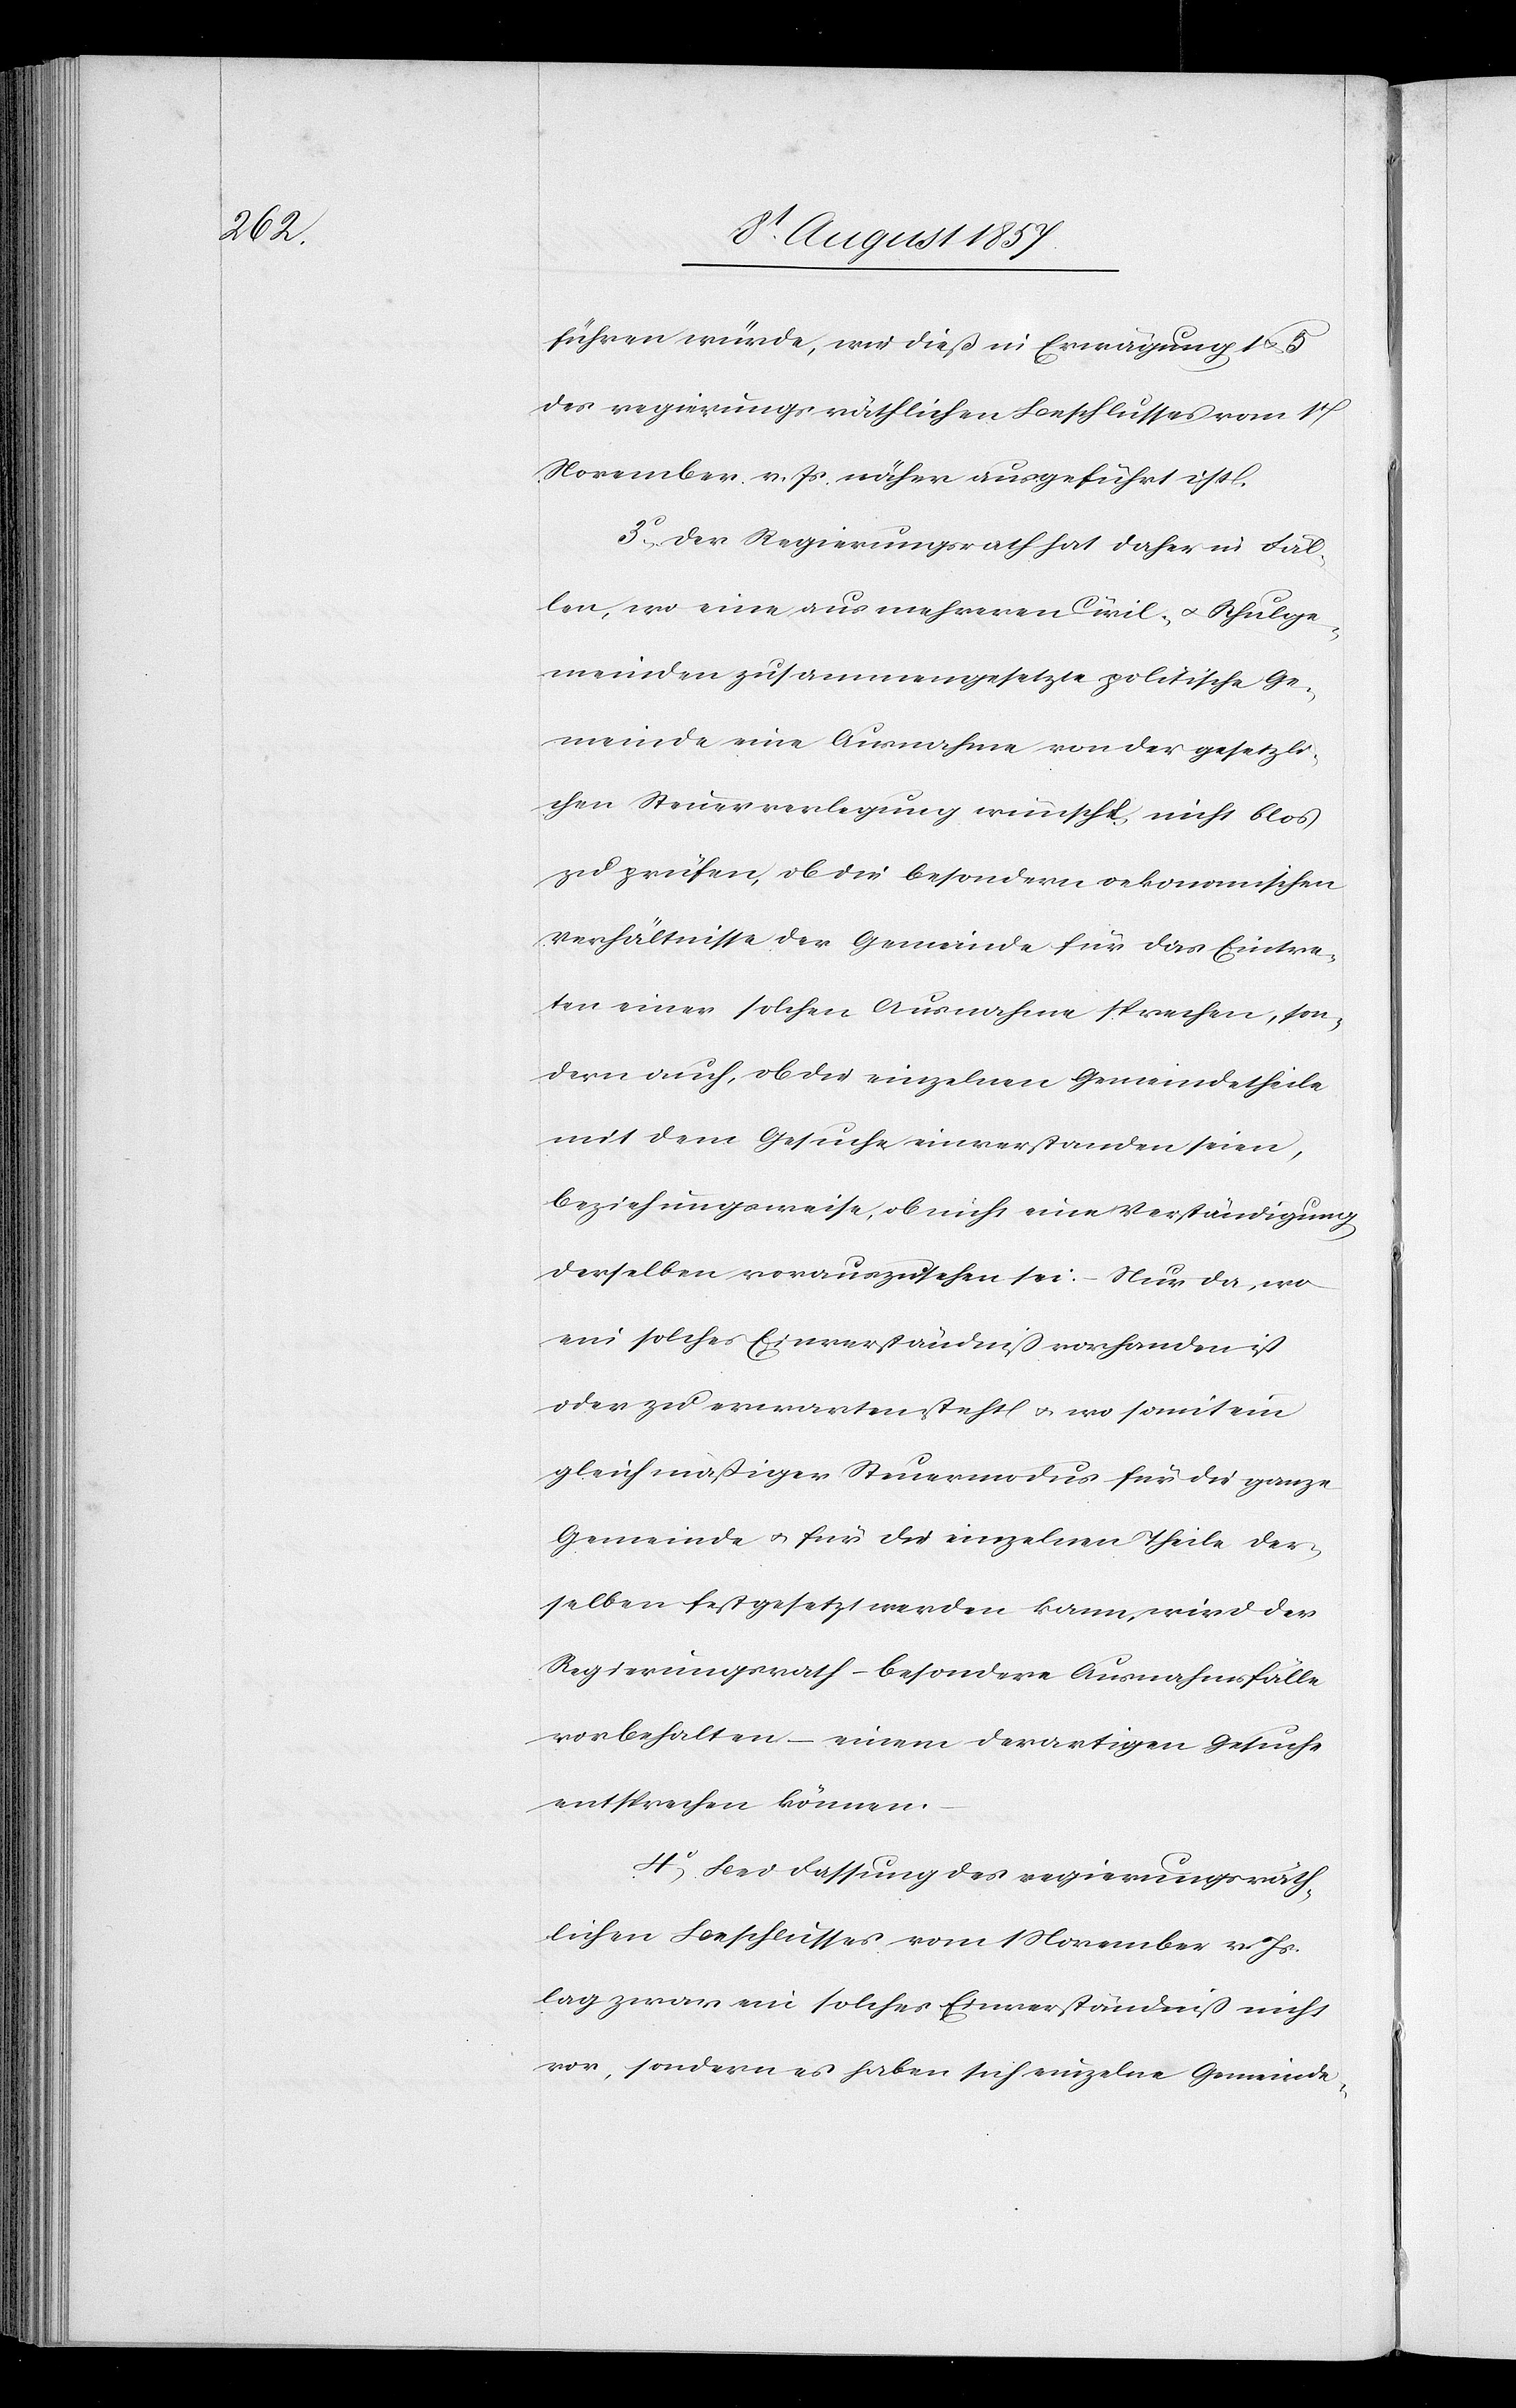
führen würde, wie dieß in Erwägung 1 &
des regierungsräthlichen Beschlusses vom 1t
November v. Js. näher ausgeführt ist.
3. Der Regierungsrath hat daher in Fäl¬
len, wo eine aus mehreren Civil- & Schulge¬
meinden zusammengesetzte politische Ge¬
meinde eine Ausnahme von der gesetzli¬
chen Steuerverlegung wünscht nicht blos
zu prüfen, ob die besondern oekonomischen
Verhältnisse der Gemeinde für das Eintre¬
ten einer solchen Ausnahme sprechen, son¬
dern auch, ob die einzelnen Gemeindetheile
mit dem Gesuche einverstanden seien,
beziehungsweise, ob nicht eine Verständigung
derselben vorauszusehen sei: – Nur da, wo
ein solches Einverständniß vorhanden ist
oder zu erwarten steht & wo somit ein
gleichmäßiger Steuermodus für die ganze
Gemeinde & für die einzelnen Theile der¬
selben festgesetzt werden kann, wird der
Regierungsrath – besondere Ausnahmefälle
vorbehalten – einem derartigen Gesuche
entsprechen können.
4. Bei Fassung des regierungsräth¬
lichen Beschlusses vom 1 November v. Js.
lag zwar ein solches Einverständniß nicht
vor, sondern es haben sich einzelne Gemeinde-